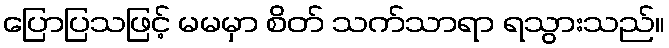
ပြောပြသဖြင့် မမမှာ စိတ် သက်သာရာ ရသွားသည်။